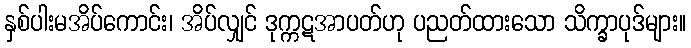
နှစ်ပါးမအိပ်ကောင်း၊ အိပ်လျှင် ဒုက္ကဋအာပတ်ဟု ပညတ်ထားသော သိက္ခာပုဒ်များ။